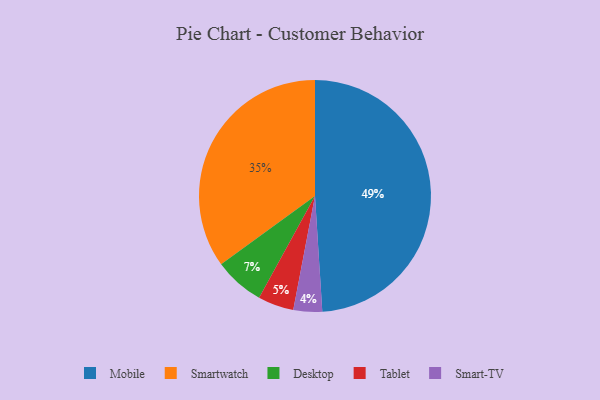
{"axis": {"x": "Category", "y": "Percentage"}, "legend": ["Desktop", "Mobile", "Smart-TV", "Smartwatch", "Tablet"], "data": [{"x": "Tablet", "y": 5, "type": "Tablet"}, {"x": "Mobile", "y": 49, "type": "Mobile"}, {"x": "Smart-TV", "y": 4, "type": "Smart-TV"}, {"x": "Desktop", "y": 7, "type": "Desktop"}, {"x": "Smartwatch", "y": 35, "type": "Smartwatch"}]}